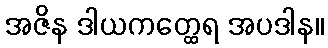
အဇိန ဒါယကတ္ထေရ အပဒါန။